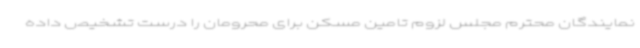
نمایندگان محترم مجلس لزوم تامین مسکن برای محرومان را درست تشخیص داده